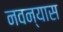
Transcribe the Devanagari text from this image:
नवन्यास